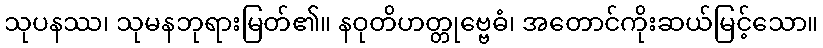
သုပနဿ၊ သုမနဘုရားမြတ်၏။ နဝုတိဟတ္တုဗ္ဗေဓံ၊ အတောင်ကိုးဆယ်မြင့်သော။